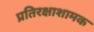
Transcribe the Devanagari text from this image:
प्रतिरक्षाशामक